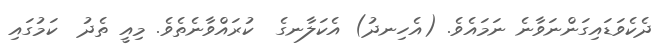
ދެކެވަޑައިގަންނަވާނެ ނަމައެވެ. (އެހިނދު) އެކަލާނގެ  ކުރައްވާނެތެވެ. މިއީ ތެދު  ކަމުގައި